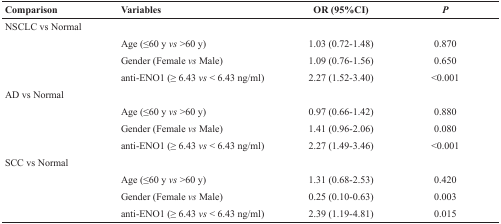
<table><thead><tr><td><b>Comparison</b></td><td><b>Variables</b></td><td><b>OR (95%CI)</b></td><td><b>P</b></td></tr></thead><tbody><tr><td>NSCLC vs Normal</td><td></td><td></td><td></td></tr><tr><td></td><td>Age (≤60 y vs &gt;60 y)</td><td>1.03 (0.72-1.48)</td><td>0.870</td></tr><tr><td></td><td>Gender (Female vs Male)</td><td>1.09 (0.76-1.56)</td><td>0.650</td></tr><tr><td></td><td>anti-ENO1 (≥ 6.43 vs &lt; 6.43 ng/ml)</td><td>2.27 (1.52-3.40)</td><td>&lt;0.001</td></tr><tr><td>AD vs Normal</td><td></td><td></td><td></td></tr><tr><td></td><td>Age (≤60 y vs &gt;60 y)</td><td>0.97 (0.66-1.42)</td><td>0.880</td></tr><tr><td></td><td>Gender (Female vs Male)</td><td>1.41 (0.96-2.06)</td><td>0.080</td></tr><tr><td></td><td>anti-ENO1 (≥ 6.43 vs &lt; 6.43 ng/ml)</td><td>2.27 (1.49-3.46)</td><td>&lt;0.001</td></tr><tr><td>SCC vs Normal</td><td></td><td></td><td></td></tr><tr><td></td><td>Age (≤60 y vs &gt;60 y)</td><td>1.31 (0.68-2.53)</td><td>0.420</td></tr><tr><td></td><td>Gender (Female vs Male)</td><td>0.25 (0.10-0.63)</td><td>0.003</td></tr><tr><td></td><td>anti-ENO1 (≥ 6.43 vs &lt; 6.43 ng/ml)</td><td>2.39 (1.19-4.81)</td><td>0.015</td></tr></tbody></table>